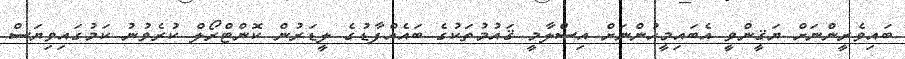
ބައިވެރީންނަށް ޔަޤީންވީ އެބައިމީހުންނަށް އިސްލާމީ ޤައުމުތަކުގެ ބައެއްފާޑުގެ ލީޑަރުން ކޮންޓްރޯލް ކުރެވުނު ކަމުގައިވިޔަސް